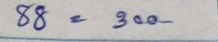
88 = 300